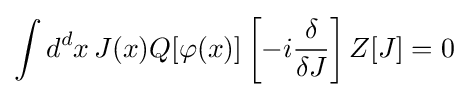
\int d^{d}x\,J(x)Q[\varphi (x)]\left[-i{\frac {\delta }{\delta J}}\right]Z[J]=0